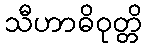
သီဟာဓိဝုတ္တိ